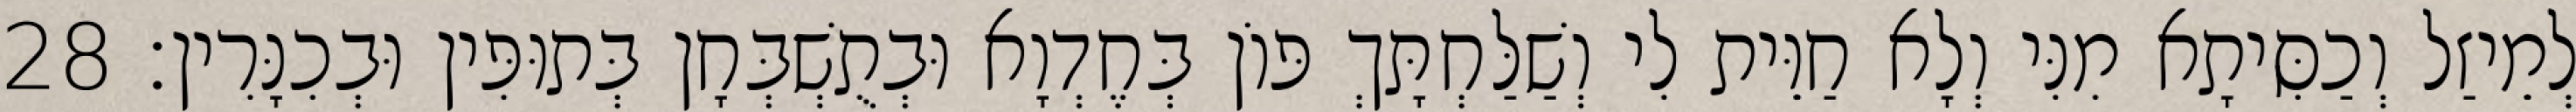
לְמֵיזַל וְכַסִּיתָא מִנִּי וְלָא חַוֵּית לִי וְשַׁלַּחְתָּךְ פּוֹן בְּחֶדְוָא וּבְתֻשְׁבְּחָן בְּתוּפִּין וּבְכִנָּרִין׃ 28